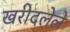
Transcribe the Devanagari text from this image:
खरीदलेले